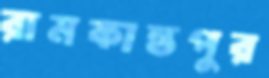
রামকান্তপুর